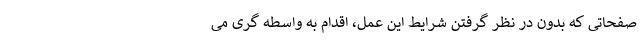
صفحاتی که بدون در نظر گرفتن شرایط این عمل، اقدام به واسطه گری می‌